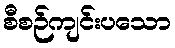
စီစဉ်ကျင်းပသော